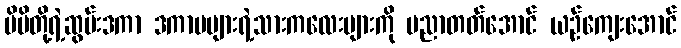
မိမိတို့ရဲ့ဆွမ်းဒကာ ဒကာမများရဲ့သားကလေးများကို ပညာတတ်အောင် ယဉ်ကျေးအောင်